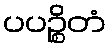
ပပဉ္စိတံ